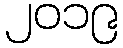
၂၀၁၉